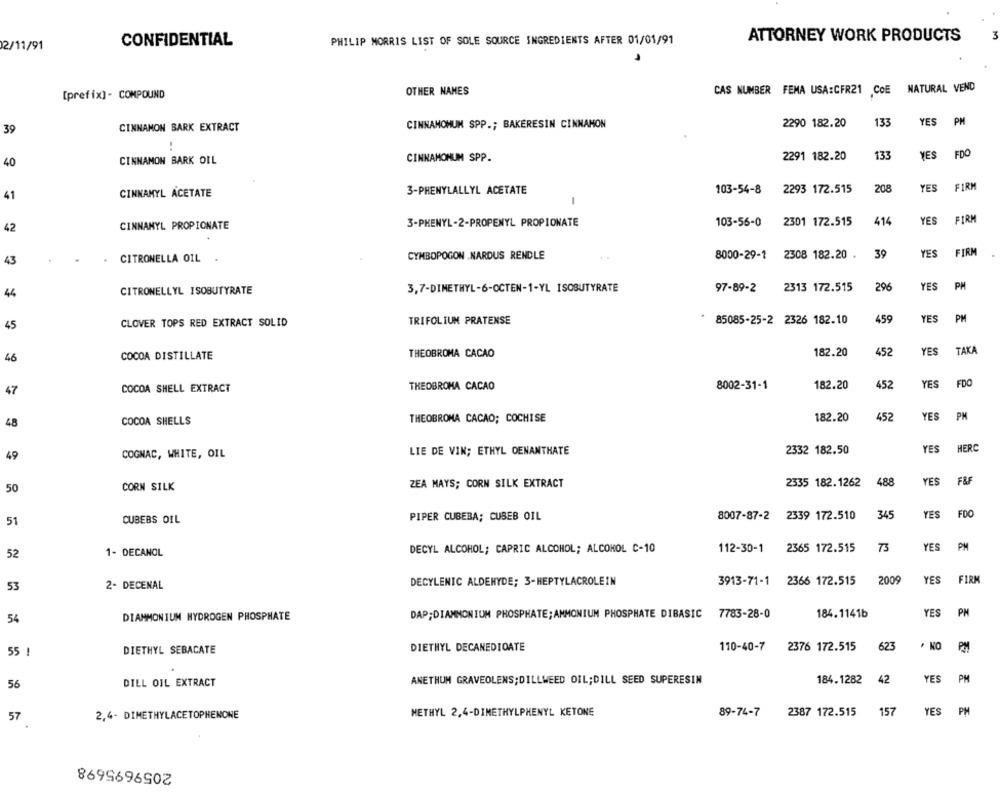
PHILIP MORRIS LIST OF SOLE SOURCE INGREDIENTS AFTER 01/01/91
ATTORNEY WORK PRODUCTS
2/11/91
CONFIDENTIAL
NATURAL VEND
[prefix] - COMPOUND
OTHER NAMES
CAS NUMBER FEMA USA:CFR21 CoE
CINNAMON BARK EXTRACT
CINNAMONUM SPP .; BAKERESIN CINNAMON
2290 182.20
133
YES
PH
39
FDO
CINNAMON BARK OIL
CINNAMONUM SPP.
2291 182.20
133
YES
40
3-PHENYLALLYL ACETATE
103-54-8
2293 172.515
208
YES
FIRM
41
CINNAMYL ACETATE
-
3-PHENYL-2-PROPENYL PROPIONATE
103-56-0
2301 172.515
414
YES
FIRM
42
CINNAMYL PROPIONATE
2308 182.20 .
39
YES
FIRM
43
. CITRONELLA OIL .
CYMBOPOGON .NARDUS RENDLE
8000-29-1
296
YES
PM
44
CITRONELLYL ISOBUTYRATE
3,7-DIMETHYL-6-OCTEN-1-YL ISOBUTYRATE
97-89-2
2313 172.515
459
YES
PM
45
CLOVER TOPS RED EXTRACT SOLID
TRIFOLIUM PRATENSE
85085-25-2 2326 182.10
YES
TAKA
46
COCOA DISTILLATE
THEOBROMA CACAO
182.20
452
FDO
47
COCOA SHELL EXTRACT
THEOBROMA CACAO
8002-31-1
182.20
452
YES
48
COCOA SHELLS
THEOBROMA CACAO; COCHISE
182.20
452
YES
PM
COGNAC, WHITE, OIL
LIE DE VIN; ETHYL OENANTHATE
2332 182.50
YES
HERC
49
ZEA MAYS; CORN SILK EXTRACT
2335 182.1262
488
YES
F&F
50
CORN SILK
PIPER CUBEBA; CUBEB OIL
8007-87-2 2339 172.510
345
YES
FDO
51
CUBEBS OIL
DECYL ALCOHOL; CAPRIC ALCOHOL; ALCOHOL C-10
112-30-1
2365 172.515
73
YES
PM
52
1- DECANOL
2009
YES
FIRM
53
2- DECENAL
DECYLENIC ALDEHYDE; 3-HEPTYLACROLEIN
3913-71-1 2366 172.515
YES
PM
54
DIAMMONIUM HYDROGEN PHOSPHATE
DAP;DIAMMONIUM PHOSPHATE; AMMONIUM PHOSPHATE DIBASIC 7783-28-0
184.1141b
· KO
55
DIETHYL SEBACATE
DIETHYL DECANEDIOATE
110-40-7
2376 172.515
623
PM
56
DILL OIL EXTRACT
ANETHUM GRAVEOLENS; DILLWEED OIL; DILL SEED SUPERESIN
184.1282
42
YES
PH
57
2,4- DIMETHYLACETOPHENONE
METHYL 2,4-DIMETHYLPHENYL KETONE
89-74-7
2387 172.515
157
YES
PH
2059695698